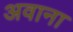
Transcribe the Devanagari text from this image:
अवाना